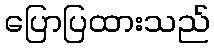
ပြောပြထားသည်